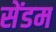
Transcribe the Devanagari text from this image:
सेंडम